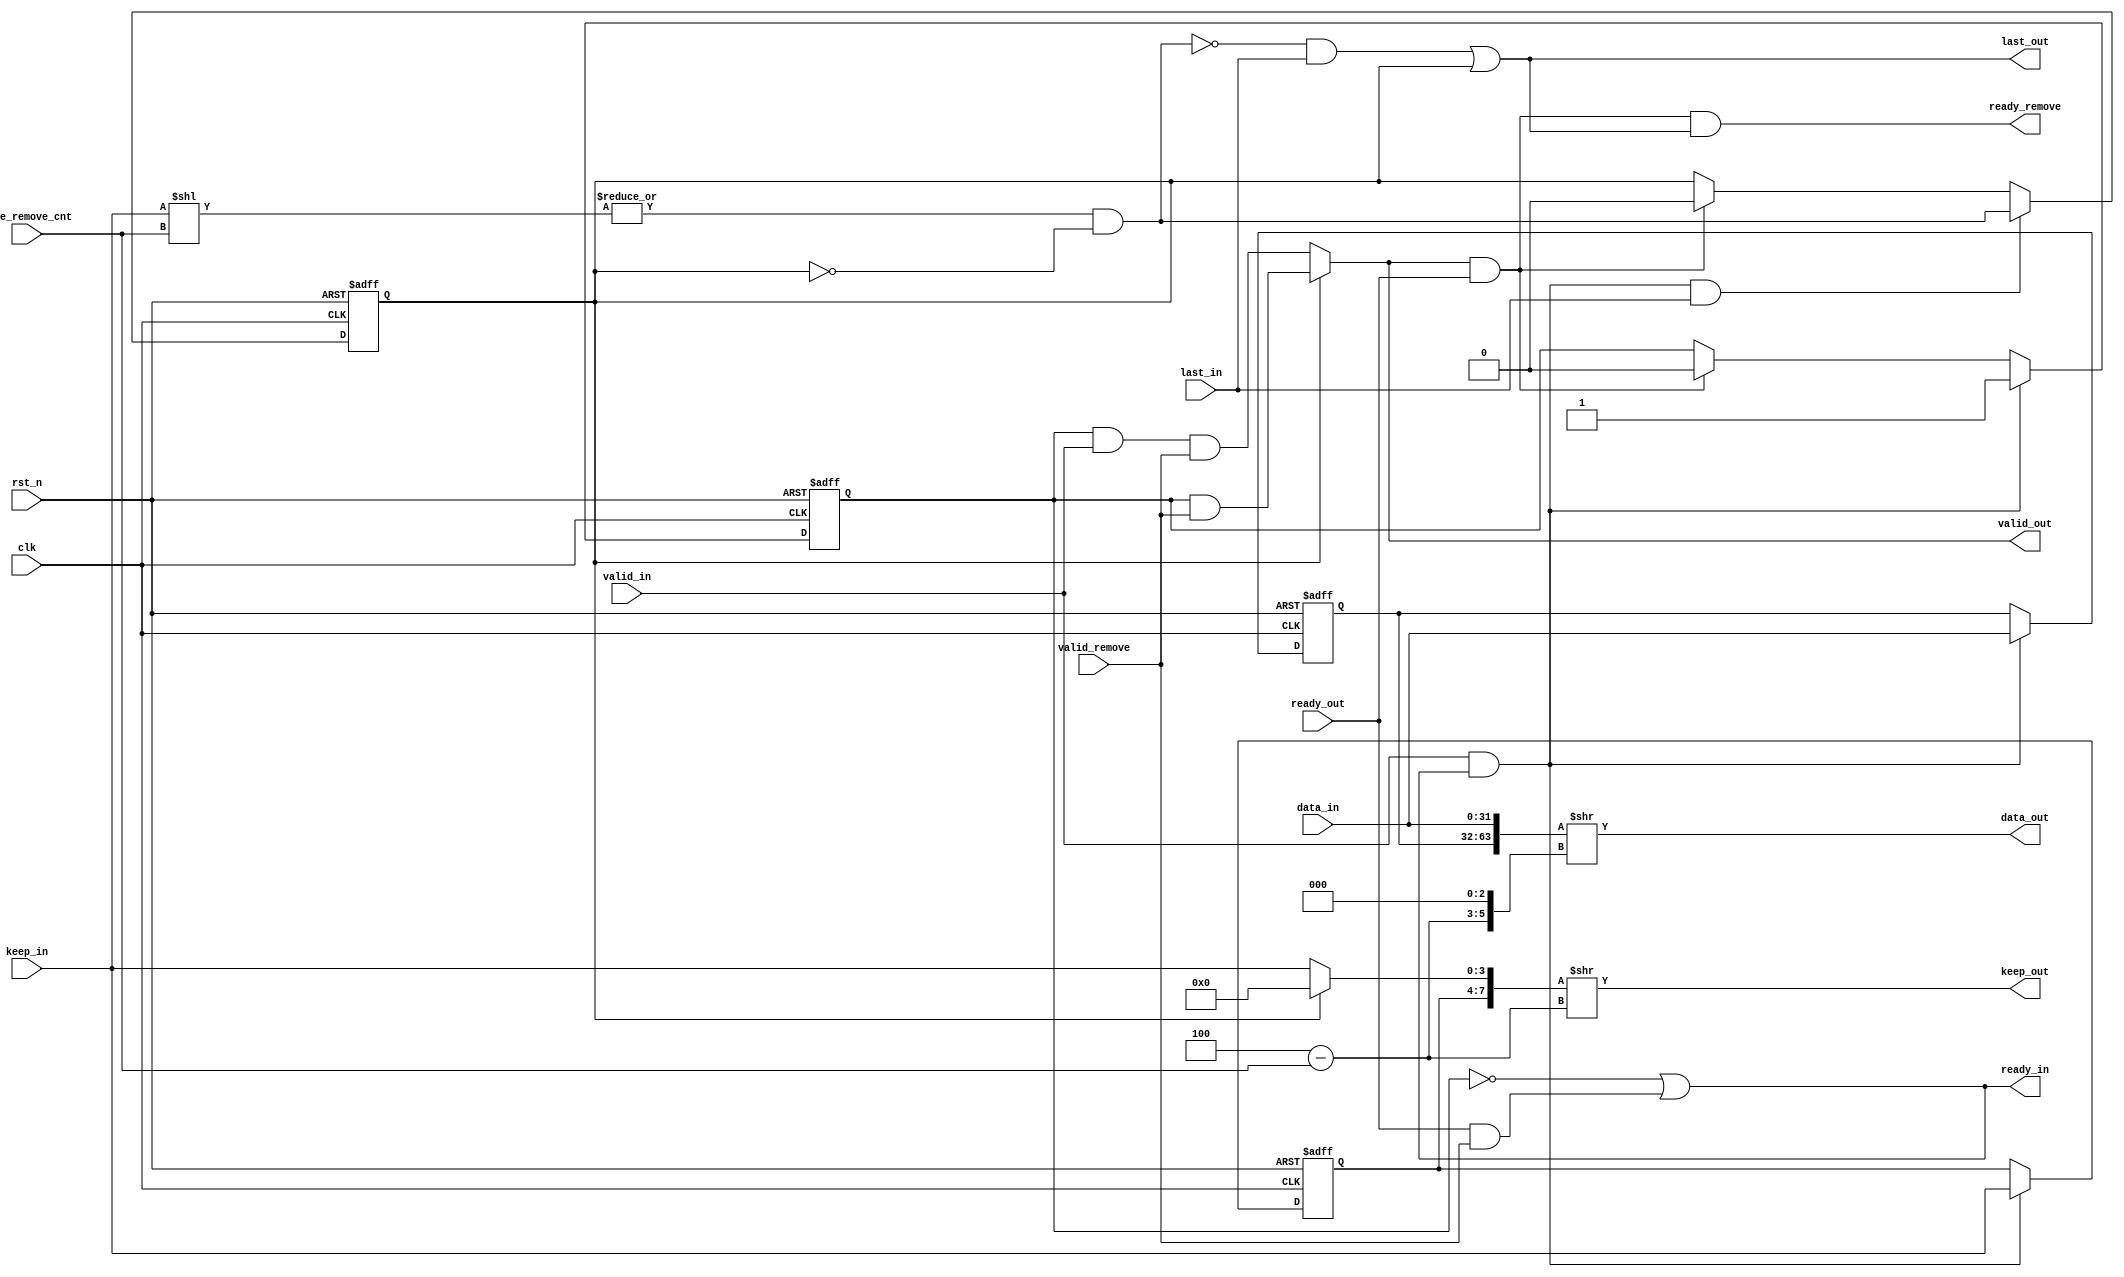
// data_in = 32'hABCDABCD
// keep_in = 4'b1111

// aligned read/write:
// address: 0 4 8 C
// unaligned read/write:
// address: 1 2 3 5 6 7 9 A B D E 

// unaligned address: 0xA
// unaligned keep = 4'b1111
// nearest aligned address: 0x8
// aligned keep = 4'b0011

// data_length: 0x7
// unaligned from 0xA
// first beat:
// keep: 4'b1111 0xA - 0xD
// last beat:
// keep: 4'b1110 0xE - 0x11

// aligned from 0x8
// first beat:
// keep: 4'b0011 0x8 - 0xB
// second beat:
// keep: 4'b1111 0xC - 0xF
// last beat:
// keep: 4'b1000 0x10 - 0x13

// data_length: 0xA
// unaligned from 0xA
// first beat:
// keep: 4'b1111 0xA - 0xD
// second beat:
// keep: 4'b1111 0xE - 0x11
// last beat:
// keep: 4'b1100 0x12 - 0x15

// aligned from 0x8
// first beat:
// keep: 4'b0011 0x8 - 0xB
// second beat:
// keep: 4'b1111 0xC - 0xF
// last beat:
// keep: 4'b1111 0x10 - 0x13

module stream_remove#(  
        parameter DATA_WD = 32,
        parameter DATA_BYTE_WD = DATA_WD >> 3,
        parameter BYTE_CNT_WD = $clog2(DATA_BYTE_WD)
    ) (
        input                           clk,
        input                           rst_n,

        input                           valid_in,
        input   [DATA_WD - 1 : 0]       data_in,
        input   [DATA_BYTE_WD - 1 : 0]  keep_in,
        input                           last_in,
        output                          ready_in,

        output                          valid_out,
        output  [DATA_WD - 1 : 0]       data_out,
        output  [DATA_BYTE_WD - 1 : 0]  keep_out,
        output                          last_out,
        input                           ready_out,

        input                           valid_remove,
        input   [BYTE_CNT_WD - 1 : 0]   byte_remove_cnt,
        output                          ready_remove
    );

    localparam DATA_BIT_CNT_WD = $clog2(DATA_WD);

    reg  [DATA_WD - 1 : 0]      data_in_r;
    reg  [DATA_BYTE_WD - 1 : 0] keep_in_r;

    reg                         valid_in_r;
    reg                         first_beat_r;
    reg                         extra_beat_r;

    wire fire_in     = valid_in     && ready_in;
    wire fire_out    = valid_out    && ready_out;
    wire fire_remove = valid_remove && ready_remove;

    // 
    // keep_in = 1111_1100
    // byte_remove_cnt = 2
    // keep_out = 1111
    // has_extra_beat = 0
    // keep_in1
    wire [DATA_BYTE_WD - 1 : 0]     next_beat_byte = keep_in << byte_remove_cnt;
    wire                            has_extra_beat = |next_beat_byte && !extra_beat_r;

    wire [DATA_BYTE_WD - 1 : 0]     keep_nothing   = {DATA_BYTE_WD{1'b0}};
    wire [2*DATA_WD - 1 : 0]        double_data    = {data_in_r, data_in};
    wire [2*DATA_BYTE_WD - 1 : 0]   double_keep    = extra_beat_r ? {keep_in_r , keep_nothing} : {keep_in_r, keep_in};

    // wire [BYTE_CNT_WD  : 0]               data_byte_cnt = DATA_BYTE_WD; 
    wire [BYTE_CNT_WD  : 0]         right_shift_byte_cnt = DATA_BYTE_WD - byte_remove_cnt;
    wire [DATA_BIT_CNT_WD  : 0]     right_shift_bit_cnt = right_shift_byte_cnt << 3;

    assign data_out = double_data >> right_shift_bit_cnt;
    assign keep_out = double_keep >> right_shift_byte_cnt;

    assign ready_remove = fire_out && last_out;
    assign ready_in     = !valid_in_r || (ready_out && valid_remove);
    assign valid_out    = extra_beat_r ? (valid_in_r && valid_remove) : (valid_in_r && valid_in && valid_remove);
    assign last_out     = (!has_extra_beat && last_in) || extra_beat_r;
 
    always @(posedge clk or negedge rst_n) begin
        if (~rst_n) begin
            extra_beat_r <= 1'b0;
        end
        else begin
            if (fire_in && last_in) begin
                extra_beat_r <= has_extra_beat;
            end
            else if (fire_out) begin
                extra_beat_r <= 1'b0;
            end
        end
    end

    always @(posedge clk or negedge rst_n) begin
        if (~rst_n) begin
            first_beat_r <= 1'b1;
        end
        else if (fire_in && last_in) begin
            first_beat_r <= 1'b1;
        end
        else if (fire_in) begin
            first_beat_r <= 1'b0;
        end
    end

    always @(posedge clk or negedge rst_n) begin
        if (~rst_n) begin
            data_in_r  <= 'b0;
            keep_in_r  <= 'b0;
            valid_in_r <= 'b0;
        end
        else begin 
            if (fire_out) begin
                valid_in_r <= 1'b0;
            end
            if (fire_in) begin
                data_in_r  <= data_in;
                keep_in_r  <= keep_in;
                valid_in_r <= 1;
                // valid_in_r <= has_extra_beat;
            end
        end
    end
endmodule